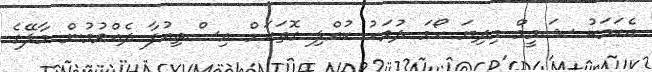
އެކަމަކު ޝަމީމް މިދިޔަ ހޯމަ ދުވަހު ކުއްލި ގޮތަކަށް އިސްތިއުފާ ދެއްވުމުން މާލޭގެ